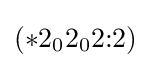
(*2_{0}2_{0}2{:}2)